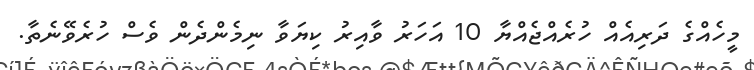
މީހެއްގެ ދަރިއެއް ހުރެއްޖެއްޔާ 10 އަހަރު ވާއިރު ކިޔަވާ ނިމެންދެން ވެސް ހުރެވޭނެތާ.